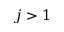
j > 1